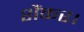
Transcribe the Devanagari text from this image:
शैंकर।